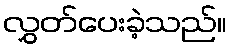
လွှတ်ပေးခဲ့သည်။